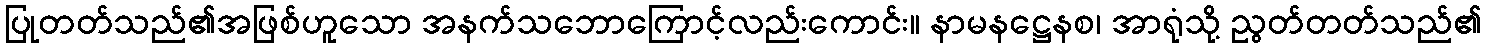
ပြုတတ်သည်၏အဖြစ်ဟူသော အနက်သဘောကြောင့်လည်းကောင်း။ နာမနဋ္ဌေနစ၊ အာရုံသို့ ညွတ်တတ်သည်၏